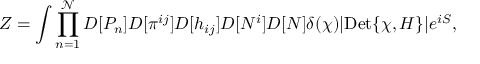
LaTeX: Z = \int \prod _ { n = 1 } ^ { \mathcal { N } } D [ P _ { n } ] D [ \pi ^ { i j } ] D [ h _ { i j } ] D [ N ^ { i } ] D [ N ] \delta ( \chi ) | \mathrm { D e t } \{ \chi , H \} | e ^ { i S } ,